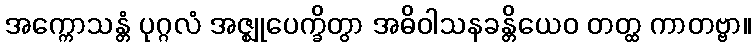
အက္ကောသန္တံ ပုဂ္ဂလံ အဇ္ဈုပေက္ခိတွာ အဓိဝါသနခန္တိယေဝ တတ္ထ ကာတဗ္ဗာ။